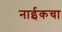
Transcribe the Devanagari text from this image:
नाईकचा